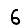
Digit: 6